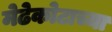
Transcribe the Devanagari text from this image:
मेढेकोटाच्या